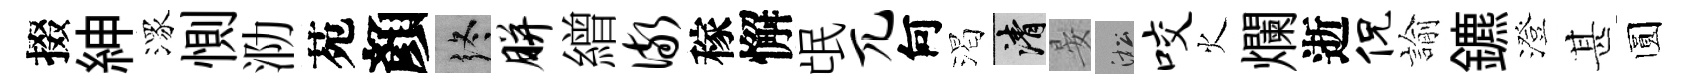
掇紳潈惻泐苑顏终胼繒儆稼懈氓兀何渴清晏淞咬火爛逝侃諭鑣澄甚圆